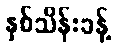
နှစ်သိန်းခန့်